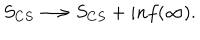
S _ { C S } \longrightarrow S _ { C S } + i n f ( \infty ) .